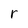
Character: r